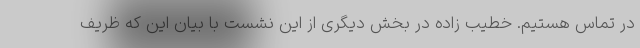
در تماس هستیم. خطیب زاده در بخش دیگری از این نشست با بیان این که ظریف